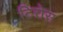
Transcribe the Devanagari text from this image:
टिरोस